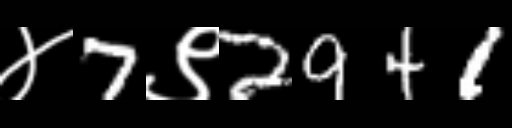
Text: ४7९2941